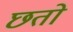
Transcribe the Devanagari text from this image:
छतो